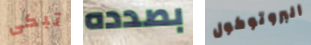
تبكى بصدده البروتوكول